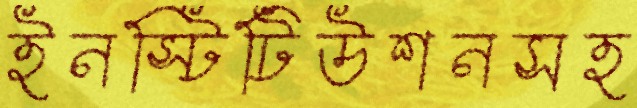
ইনস্টিটিউশনসহ